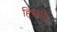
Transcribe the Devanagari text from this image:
हिस्सों।